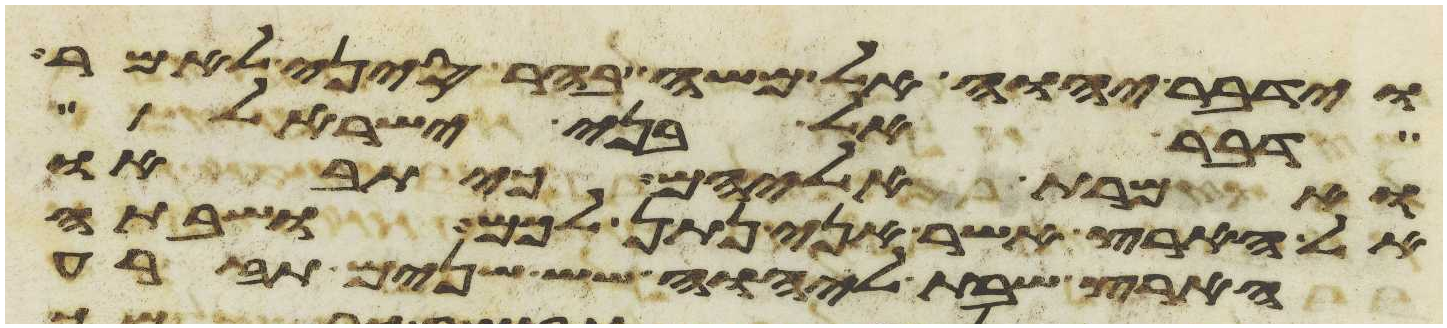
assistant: וידבר יהוה אל משה בהר סיני לאמר
דבר אל בני ישראל
ואמרת אליהם כי תבאו
אל הארץ אשר אני נתן לכם ושבתה
הארץ שבת ליהוה שש שנים תזרע